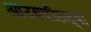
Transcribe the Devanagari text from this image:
आठवणीतल्या